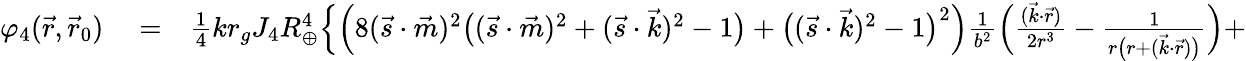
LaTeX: \begin{array}{rlr}{\varphi_{4}(\vec{r},\vec{r}_{0})}&{{}=}&{{\textstyle\frac{1}{4}}kr_{g}J_{4}R_{\oplus}^{4}\Big\{ \Big(8(\vec{s}\cdot\vec{m})^{2}\big(({\vec{s}}\cdot{\vec{m}})^{2}+({\vec{s}}\cdot{\vec{k}})^{2}-1\big)+\big(({\vec{s}}\cdot{\vec{k}})^{2}-1\big)^{2}\Big)\frac{1}{b^{2}}\Big(\frac{(\vec{k}\cdot\vec{r})}{2r^{3}}-\frac{1}{r\big(r+({\vec{k}}\cdot{\vec{r}})\big)}\Big)+}\end{array}